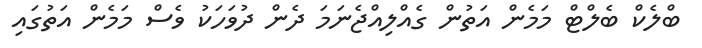
ބްލެކް ބެލްޓް މަމެން އަތުން ގެއްލިއްޖެނަމަ ދެން ދުވަހަކު ވެސް މަމެން އަތުގައި